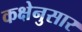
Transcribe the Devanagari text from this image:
कक्षेनुसार